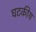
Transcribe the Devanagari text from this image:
घटकीय